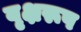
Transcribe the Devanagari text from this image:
वृक्षरूप